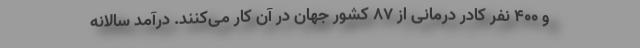
و ۴۰۰ نفر کادر درمانی از ۸۷ کشور جهان در آن کار می‌کنند. درآمد سالانه